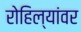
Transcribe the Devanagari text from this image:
रोहिल्यांवर